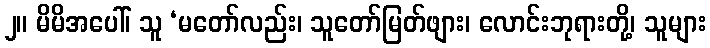
၂။ မိမိအပေါ်၊ သူ ‘မတော်လည်း၊ သူတော်မြတ်ဖျား၊ လောင်းဘုရားတို့၊ သူများ